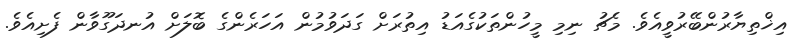
އިޚްތިޔާރުންބޭރުވީއެވެ. މެޗު ނިމި މީހުންތަކުގެއަޑު އިތުރަށް ގަދަވުމުން އަހަރެންގެ ބޮލަށް އުނދަގޫވާން ފެށިއެވެ.